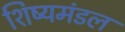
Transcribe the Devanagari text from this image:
शिष्यमंडल